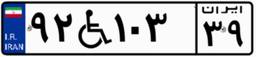
۱۵W۷۹۵۰۸